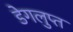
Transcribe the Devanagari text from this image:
डेगलुप्त